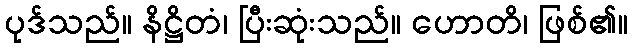
ပုဒ်သည်။ နိဋ္ဌိတံ၊ ပြီးဆုံးသည်။ ဟောတိ၊ ဖြစ်၏။